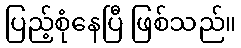
ပြည့်စုံနေပြီ ဖြစ်သည်။